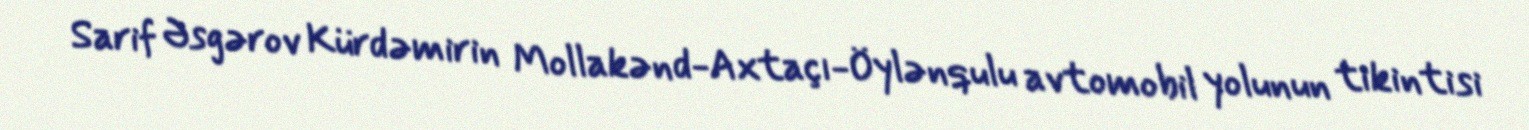
Sarif Əsgərov Kürdəmirin Mollakənd-Axtaçı-Öylənqulu avtomobil yolunun tikintisi